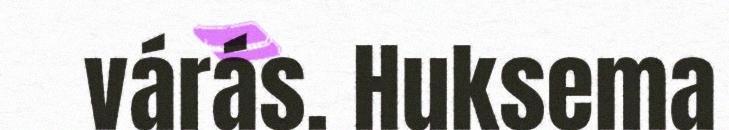
várás. Huksema